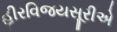
હીરવિજયસૂરીએ